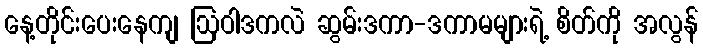
နေ့တိုင်းပေးနေကျ ဩဝါဒကလဲ ဆွမ်းဒကာ-ဒကာမများရဲ့ စိတ်ကို အလွန်